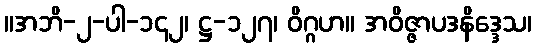
။အဘိ-၂-ပါ-၁၄၂၊ ဋ္ဌ-၁၂၇၊ ဝိဂ္ဂဟ။ အဝိဇ္ဇာပဒနိဒ္ဒေသ၊